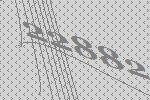
22882